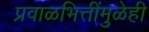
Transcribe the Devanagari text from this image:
प्रवाळभित्तींमुळेही